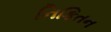
નિકિતન